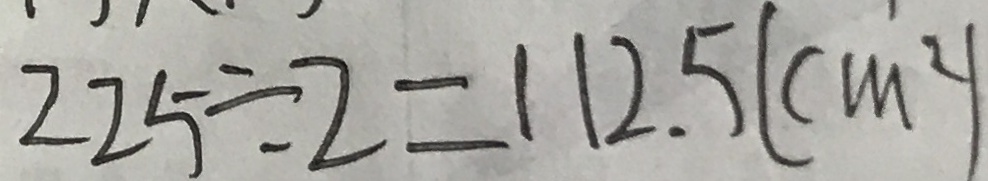
2 2 5 \div 2 = 1 1 2 . 5 ( c m ^ { 2 } )